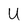
Character: U